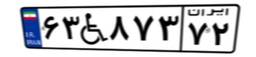
۶۳W۸۷۳۷۲